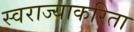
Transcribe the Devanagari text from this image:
स्वराज्याकरिता